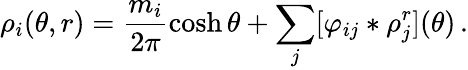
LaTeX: \rho_{i}(\theta,r)=\frac{m_{i}}{2\pi}\cosh\theta+\sum_{j}[\varphi_{ij}\ast\rho_{j}^{r}](\theta)\, .